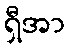
ရှီအာ